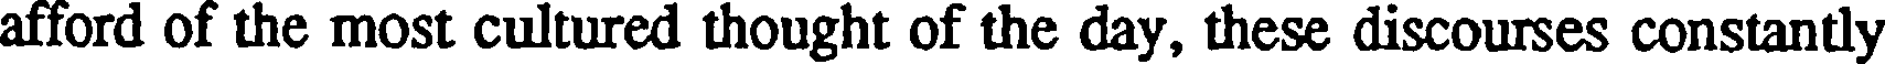
afford of the most cultured thought of the day, these discourses constantly